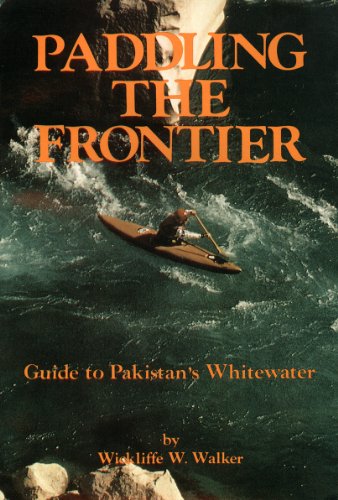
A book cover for Paddling The Frontier (Guide to Pakistan's Whitewater); Wickliffe W. Walker; Travel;